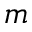
m